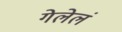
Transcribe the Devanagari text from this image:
गेलेलं